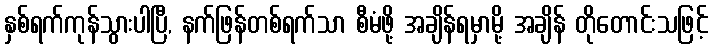
နှစ်ရက်ကုန်သွားပါပြီ, နက်ဖြန်တစ်ရက်သာ စီမံဖို့ အချိန်ရမှာမို့ အချိန် တိုတောင်းသဖြင့်